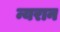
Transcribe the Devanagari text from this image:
न्यरान